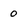
Character: 0